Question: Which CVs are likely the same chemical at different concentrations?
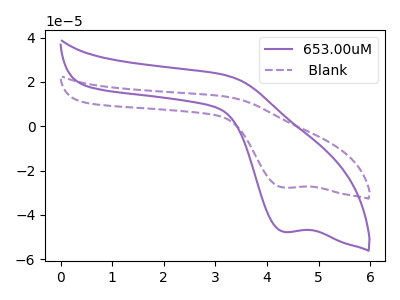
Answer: <think>The purple curve "653.00uM" has a cathodic peak at: (4.35V, -47.65uA). The purple dashed curve " Blank" has a cathodic peak at: (4.35V, -27.70uA).
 All the peaks in "653.00uM" have a peak in " Blank" at the same potential. Every peak in "653.00uM" is higher than every peak in " Blank".</think>
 <answer>"653.00uM" and " Blank" have the same shape and are likely CV's of the same chemical.</answer>
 <eval>"653.00uM" " Blank"</eval>